Lunatic asylums Punjab 1895-1910 - 1895-1910
Year: 1895
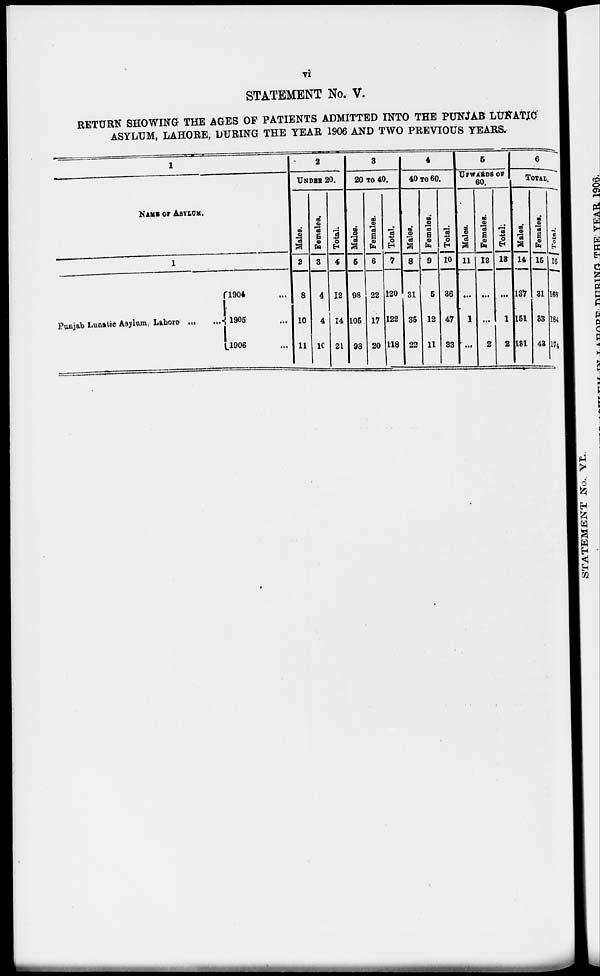
vi
STATEMENT No, V.
RETURN SHOWING THE AGES OF PATIENTS ADMITTED INTO THE PUNJAB LUNATIC
ASYLUM, LAHORE, DURING THE TEAR 1906 AND TWO PREVIOUS YEARS.
1
NAME OF ASYLUM.
1
Punjab Lunatic Asylum, Lahore ...
1904 ...
1905 ...
1906 ...
2
UNDER 20.
Males.
2
8
10
11
Females.
3
4
4
10
Total.
4
12
14
21
3
20 TO 40.
Males.
5
98
105
98
Females.
6
22
17
20
Total.
7
120
122
118
4
40 TO 60.
Males.
8
31
35
23
Females.
9
5
12
11
Total.
10
36
47
33
5
UPWARDS OF
60.
Males.
11
...
1
...
Females.
12
...
...
2
Total.
13
...
1
2
6
TOTAL.
Males.
14
137
151
131
Females.
15
31
33
43
Total.
16
168
184
174